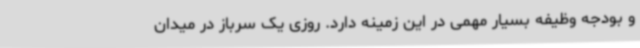
و بودجه وظیفه بسیار مهمی در این زمینه دارد. روزی یک سرباز در میدان